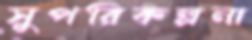
সুপরিকল্পনা